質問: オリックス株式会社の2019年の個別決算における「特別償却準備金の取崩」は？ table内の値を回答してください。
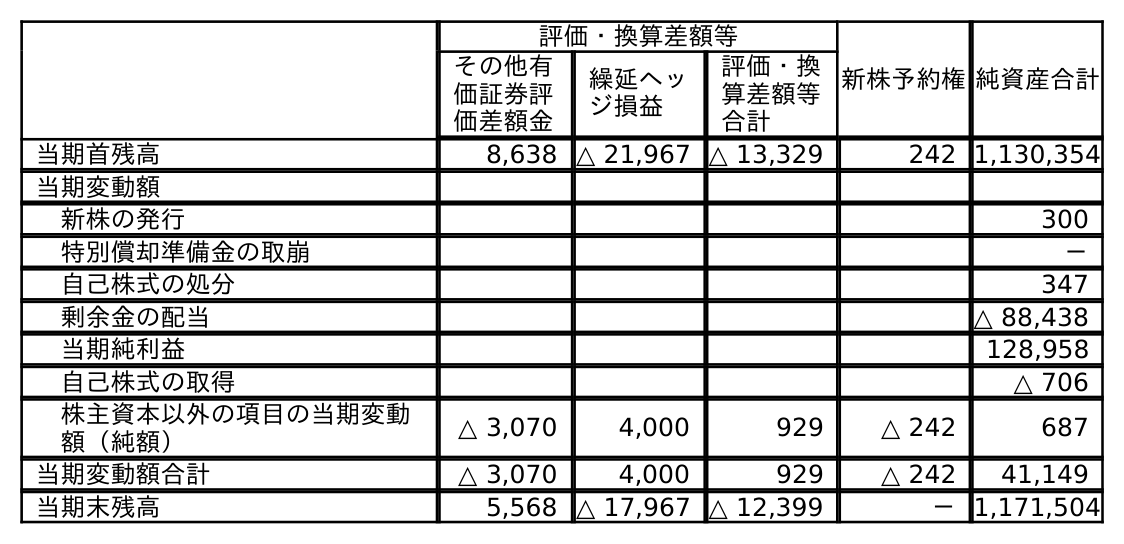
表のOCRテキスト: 評価・換算差額等 新株予約権純資産合計 その他有 価証券評 価差額金 繰延ヘッ ジ損益 評価・換 算差額等 合計 当期首残高 8,638 △ 21,967 △ 13,329 242 1,130,354 当期変動額 新株の発行 300 特別償却準備金の取崩 － 自己株式の処分 347 剰余金の配当 △ 88,438 当期純利益 128,958 自己株式の取得 △ 706 株主資本以外の項目の当期変動 額（純額） △ 3,070 4,000 929 △ 242 687 当期変動額合計 △ 3,070 4,000 929 △ 242 41,149 当期末残高 5,568 △ 17,967 △ 12,399 －1,171,504
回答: －